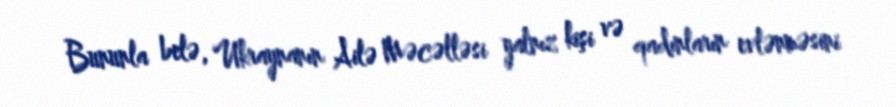
Bununla belə, Ukraynanın Ailə Məcəlləsi yalnız kişi və qadınların evlənməsini